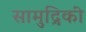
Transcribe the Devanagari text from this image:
सामुद्रिकी